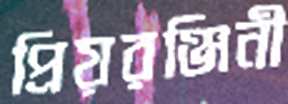
প্রিয়রঞ্জিনী